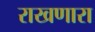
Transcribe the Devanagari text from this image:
राखणारा